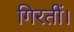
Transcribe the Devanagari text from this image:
गिरतीं।